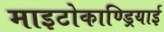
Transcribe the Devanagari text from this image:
माइटोकाण्ड्रियाई